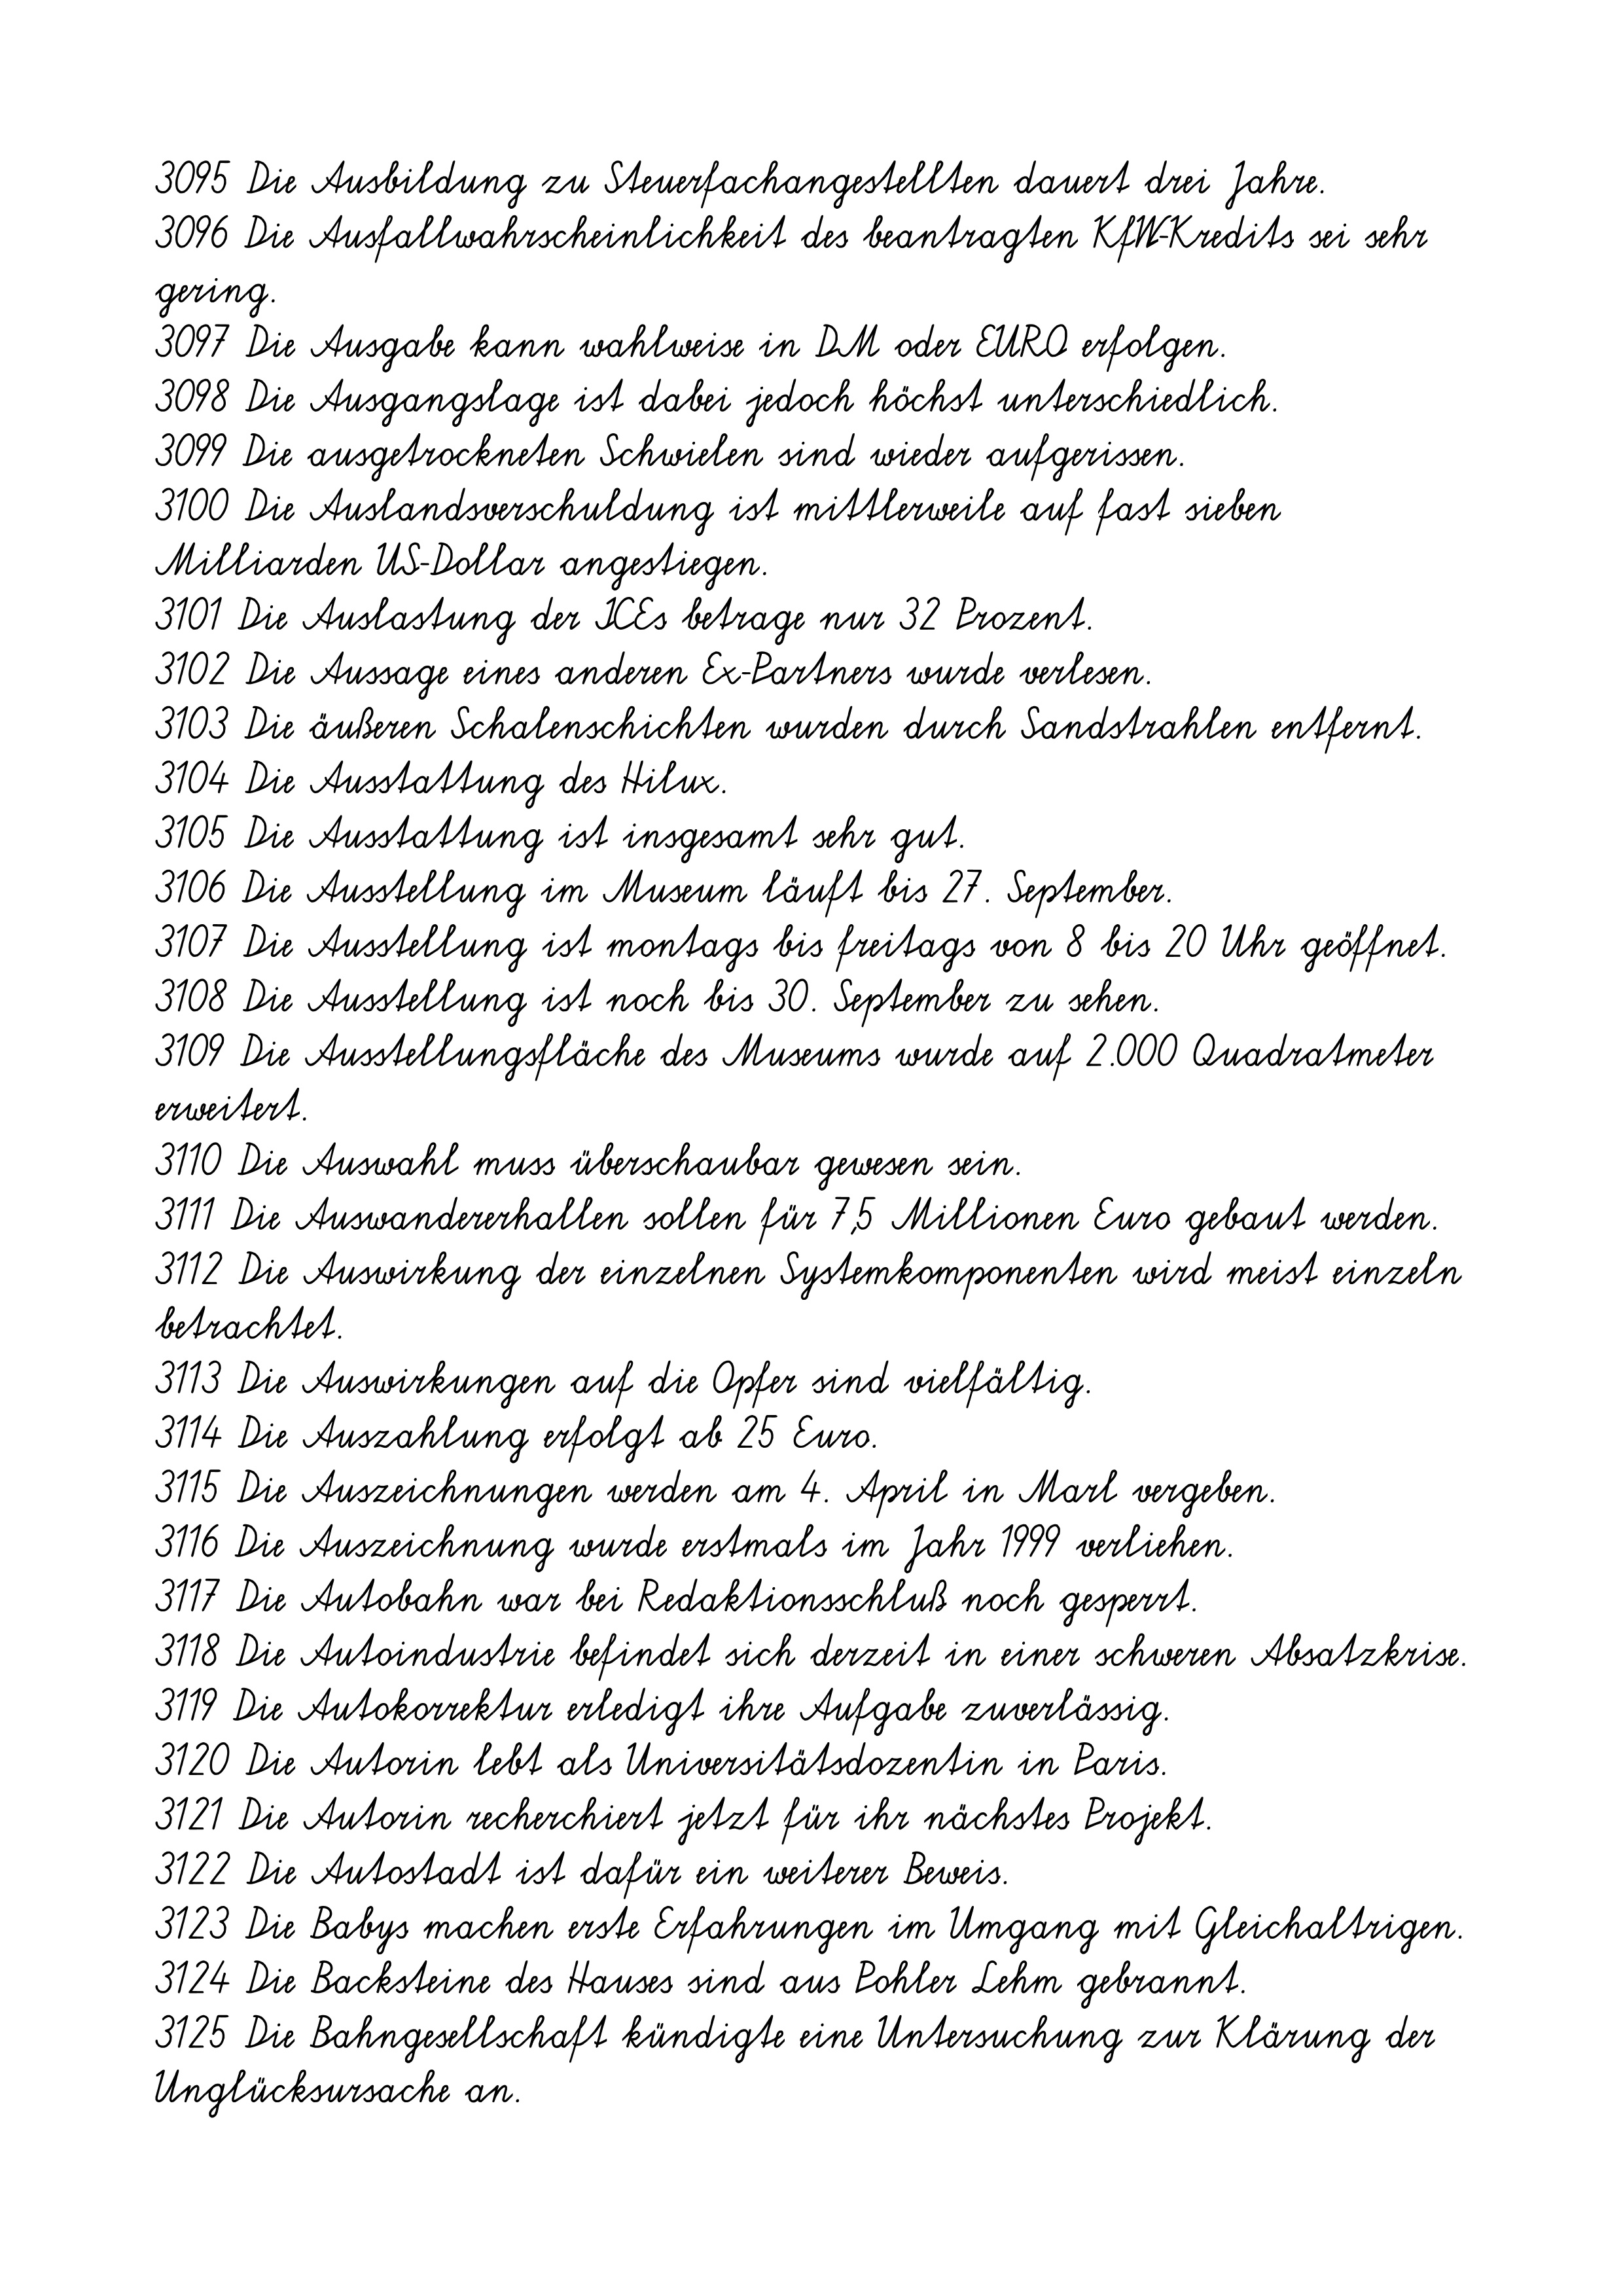
3095 Die Ausbildung zu Steuerfachangestellten dauert drei Jahre.
3096 Die Ausfallwahrscheinlichkeit des beantragten KfW-Kredits sei sehr
gering.
3097 Die Ausgabe kann wahlweise in DM oder EURO erfolgen.
3098 Die Ausgangslage ist dabei jedoch höchst unterschiedlich.
3099 Die ausgetrockneten Schwielen sind wieder aufgerissen.
3100 Die Auslandsverschuldung ist mittlerweile auf fast sieben
Milliarden US-Dollar angestiegen.
3101 Die Auslastung der ICEs betrage nur 32 Prozent.
3102 Die Aussage eines anderen Ex-Partners wurde verlesen.
3103 Die äußeren Schalenschichten wurden durch Sandstrahlen entfernt.
3104 Die Ausstattung des Hilux.
3105 Die Ausstattung ist insgesamt sehr gut.
3106 Die Ausstellung im Museum läuft bis 27. September.
3107 Die Ausstellung ist montags bis freitags von 8 bis 20 Uhr geöffnet.
3108 Die Ausstellung ist noch bis 30. September zu sehen.
3109 Die Ausstellungsfläche des Museums wurde auf 2.000 Quadratmeter
erweitert.
3110 Die Auswahl muss überschaubar gewesen sein.
3111 Die Auswandererhallen sollen für 7,5 Millionen Euro gebaut werden.
3112 Die Auswirkung der einzelnen Systemkomponenten wird meist einzeln
betrachtet.
3113 Die Auswirkungen auf die Opfer sind vielfältig.
3114 Die Auszahlung erfolgt ab 25 Euro.
3115 Die Auszeichnungen werden am 4. April in Marl vergeben.
3116 Die Auszeichnung wurde erstmals im Jahr 1999 verliehen.
3117 Die Autobahn war bei Redaktionsschluß noch gesperrt.
3118 Die Autoindustrie befindet sich derzeit in einer schweren Absatzkrise.
3119 Die Autokorrektur erledigt ihre Aufgabe zuverlässig.
3120 Die Autorin lebt als Universitätsdozentin in Paris.
3121 Die Autorin recherchiert jetzt für ihr nächstes Projekt.
3122 Die Autostadt ist dafür ein weiterer Beweis.
3123 Die Babys machen erste Erfahrungen im Umgang mit Gleichaltrigen.
3124 Die Backsteine des Hauses sind aus Pohler Lehm gebrannt.
3125 Die Bahngesellschaft kündigte eine Untersuchung zur Klärung der
Unglücksursache an.